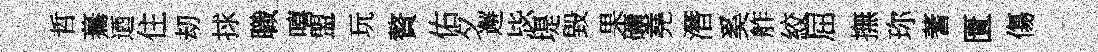
哲驀迺住刧捄職嘻盟玩贅佑夕邂毖堤毀果礦堯潛奚舴絞屈撫珎蓍匱傷